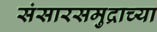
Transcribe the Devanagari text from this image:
संसारसमुद्राच्या